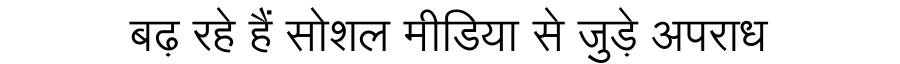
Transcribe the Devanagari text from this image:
बढ़ रहे हैं सोशल मीडिया से जुड़े अपराध